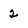
Character: 2